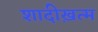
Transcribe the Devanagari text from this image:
शादीख़त्म